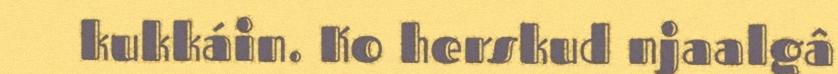
kukkáin. Ko herskud njaalgâ